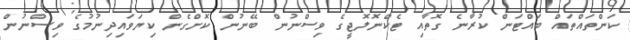
ކަންތައްތައް ބައްޓަން ކުރާނެ ގޮތާއި ޓެކްނޮލޮޖީގެ ވިސްނުން ބޭނުން ކޮށްގެން ކިޔަވައިދިނުމުގެ ވިސްނުން